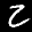
Label: 2